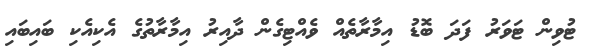
ޓުވިން ޓަވަރު ފަދަ ބޮޑު އިމާރާތެއް ވެއްޓިގެން ދާއިރު އިމާރާތުގެ އެކިއެކި ބައިބައި